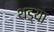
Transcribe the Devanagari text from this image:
थड्या